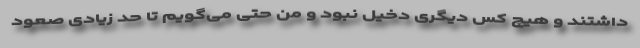
داشتند و هیچ کس دیگری دخیل نبود و من حتی می‌گویم تا حد زیادی صعود